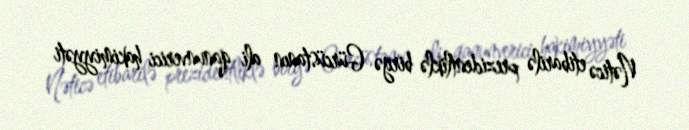
Nəticə etibarilə prezidentliklə birgə Gürcüstanın ali qanunverici hakimiyyəti